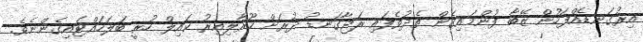
އިރުގަނޑެއްފަހުން ޒޭބާ ފުންމައިގެން ތެދުވެފައި ރަޖާގަނޑު ދުރަށް ހޫރާލިއިރު ކައިލް ހުރީ ބަލަހައްޓައިގެންނެވެ.